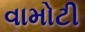
વામોટી